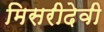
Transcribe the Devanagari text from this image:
मिसरीदेवी